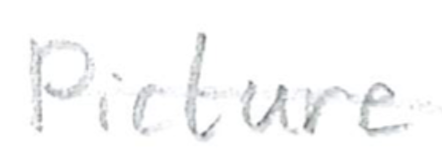
Text: Picture
Cross-out: single-line
Writing tool: pencil